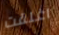
اغلقت